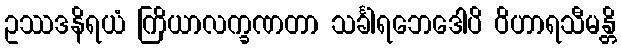
ဥဿဒနိရယံ ကြိယာလက္ခဏတာ သင်္ခါရဘေဒေါပိ ဝိဟာရသီမန္တိ